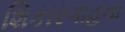
શિકારગાહના